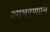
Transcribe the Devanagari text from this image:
आभरणानि